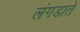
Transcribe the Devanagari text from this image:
लंगडाते